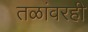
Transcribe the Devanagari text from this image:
तळांवरही